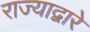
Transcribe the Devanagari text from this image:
राज्याद्वारे